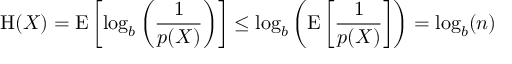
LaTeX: \mathrm { H } ( X ) = \operatorname { E } \left[ \log _ { b } \left( { \frac { 1 } { p ( X ) } } \right) \right] \leq \log _ { b } \left( \operatorname { E } \left[ { \frac { 1 } { p ( X ) } } \right] \right) = \log _ { b } ( n )